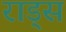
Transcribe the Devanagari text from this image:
राड्स